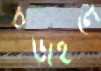
চড়াইলে